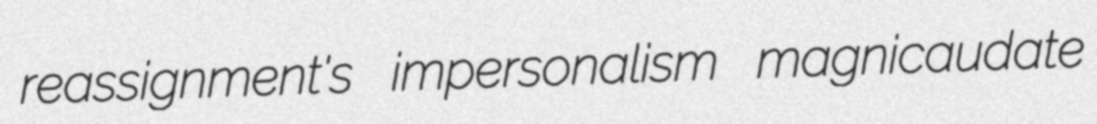
reassignment's impersonalism magnicaudate